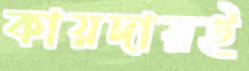
কায়দায়ই